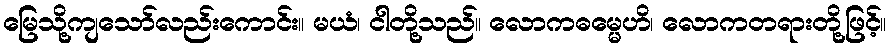
မြေသို့ကျသော်လည်းကောင်း။ မယံ၊ ငါတို့သည်။ လောကဓမ္မေဟိ၊ လောကတရားတို့ဖြင့်။